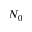
N _ { 0 }